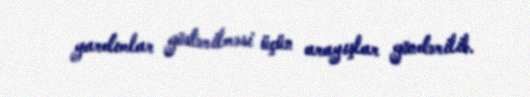
yardımlar göstərilməsi üçün arayışlar göndərilib.